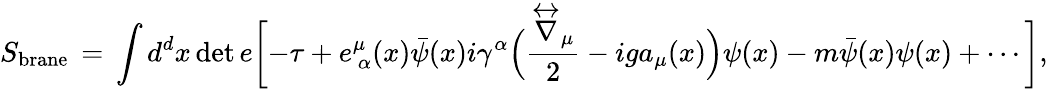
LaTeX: S_{\mathrm{brane}}\, =\, \int d^{d}x\operatorname*{det}{e}\biggl[-\tau+e_{\ \alpha}^{\mu}(x)\bar{\psi}(x)i\gamma^{\alpha}\Bigl(\frac{\stackrel{\leftrightarrow}{\nabla}_{\mu}}{2}-iga_{\mu}(x)\Bigr)\psi(x)-m\bar{\psi}(x)\psi(x)+\cdots\, \biggr],